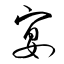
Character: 宴